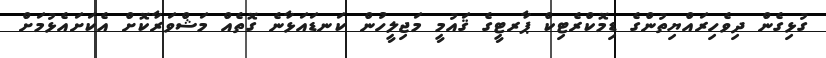
ގުޅިގެން ދިވެހިރައްޔިތުންގެ ޑިމޮކްރެޓިކް ޕާރޓީގެ ޤައުމީ މަޖިލީހުން ކަނޑައަޅާނެ ގޮތެއް މަޝްވަރާކޮށް އެކަށައެޅުމަށް